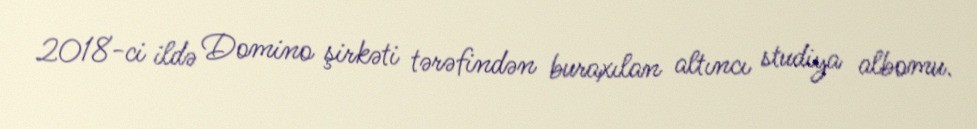
2018-ci ildə Domino şirkəti tərəfindən buraxılan altıncı studiya albomu.